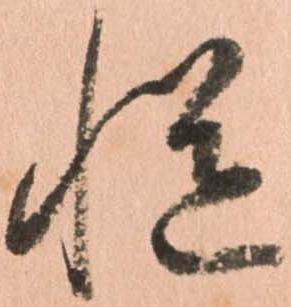
慥